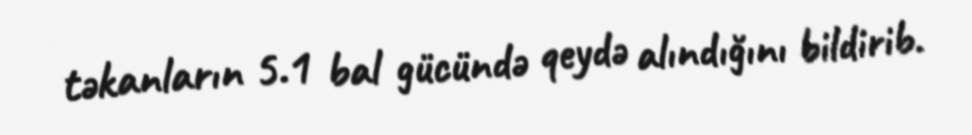
təkanların 5.1 bal gücündə qeydə alındığını bildirib.